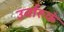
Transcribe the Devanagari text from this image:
उर्वारुकं